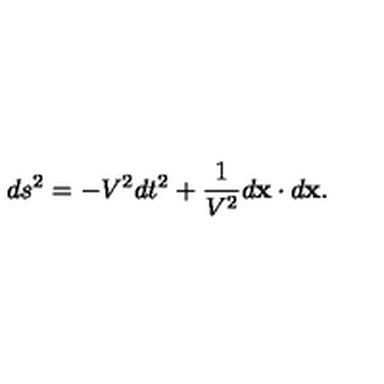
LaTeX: d s \sp 2 = - V \sp 2 d t \sp 2 + \frac { 1 } { V \sp 2 } d { \bf x } \cdot d { \bf x } .